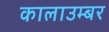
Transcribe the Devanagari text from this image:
कालाउम्बर